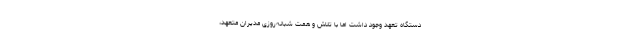
دستگاه تعهد وجود داشت اما با تلاش و همت شبانه‌روزی مدیران متعهد،